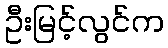
ဦးမြင့်လွင်က